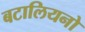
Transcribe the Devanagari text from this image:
बटालियनो